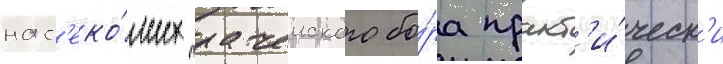
нас'еко́мых рачеиского бо́ра практ'и́ческ'и